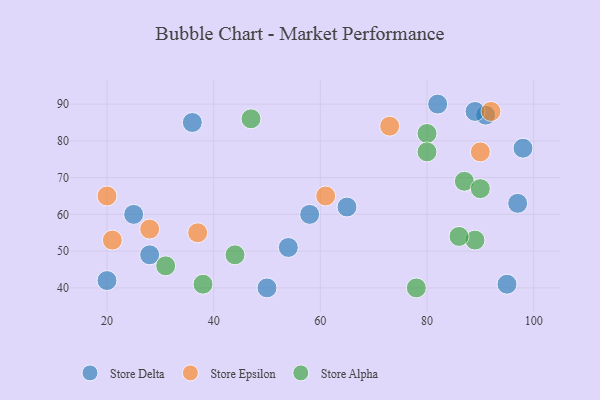
{"axis": {"x": "GDP", "y": "Life Expectancy"}, "legend": ["Store Alpha", "Store Delta", "Store Epsilon"], "data": [{"x": "91", "y": 87, "type": "Store Delta"}, {"x": "25", "y": 60, "type": "Store Delta"}, {"x": "97", "y": 63, "type": "Store Delta"}, {"x": "20", "y": 42, "type": "Store Delta"}, {"x": "50", "y": 40, "type": "Store Delta"}, {"x": "95", "y": 41, "type": "Store Delta"}, {"x": "65", "y": 62, "type": "Store Delta"}, {"x": "36", "y": 85, "type": "Store Delta"}, {"x": "98", "y": 78, "type": "Store Delta"}, {"x": "58", "y": 60, "type": "Store Delta"}, {"x": "28", "y": 49, "type": "Store Delta"}, {"x": "54", "y": 51, "type": "Store Delta"}, {"x": "82", "y": 90, "type": "Store Delta"}, {"x": "89", "y": 88, "type": "Store Delta"}, {"x": "92", "y": 88, "type": "Store Epsilon"}, {"x": "61", "y": 65, "type": "Store Epsilon"}, {"x": "37", "y": 55, "type": "Store Epsilon"}, {"x": "21", "y": 53, "type": "Store Epsilon"}, {"x": "90", "y": 77, "type": "Store Epsilon"}, {"x": "73", "y": 84, "type": "Store Epsilon"}, {"x": "20", "y": 65, "type": "Store Epsilon"}, {"x": "28", "y": 56, "type": "Store Epsilon"}, {"x": "87", "y": 69, "type": "Store Alpha"}, {"x": "47", "y": 86, "type": "Store Alpha"}, {"x": "90", "y": 67, "type": "Store Alpha"}, {"x": "89", "y": 53, "type": "Store Alpha"}, {"x": "31", "y": 46, "type": "Store Alpha"}, {"x": "80", "y": 82, "type": "Store Alpha"}, {"x": "86", "y": 54, "type": "Store Alpha"}, {"x": "44", "y": 49, "type": "Store Alpha"}, {"x": "78", "y": 40, "type": "Store Alpha"}, {"x": "38", "y": 41, "type": "Store Alpha"}, {"x": "80", "y": 77, "type": "Store Alpha"}]}